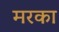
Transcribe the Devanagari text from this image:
मरका